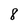
Character: 8